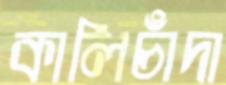
কালিচাঁদা